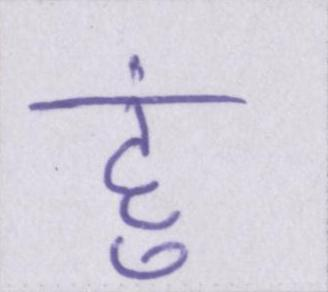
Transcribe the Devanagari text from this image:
हु